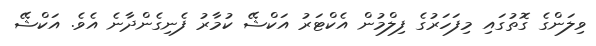
ވިލަންގެ ގޮތުގައި މިފަހަރުގެ ފިލްމުން އެކްޓަރު އަކްޝޭ ކުމާރު ފެނިގެންދާނެ އެވެ. އަކްޝޭ